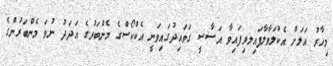
މިހާރު އަލަށް އެކުލަވާލާފައިލވިފައިވާ އަސާސީ ގަވައިދުގައިވަނީ އެކްކޯސްގެ މެންބަރުގެ އަދަދު ނުވަ މެންބަރުންގެ